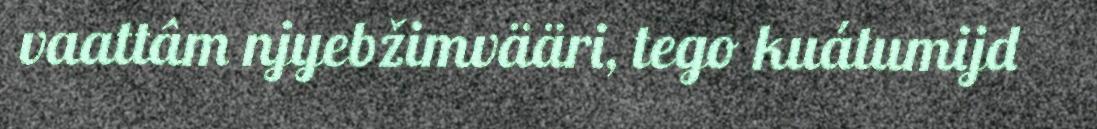
vaattâm njyebžimvääri, tego kuátumijd